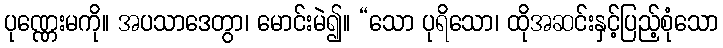
ပုဏ္ဏေးမကို။ အပသာဒေတွာ၊ မောင်းမဲ၍။ “သော ပုရိသော၊ ထိုအဆင်းနှင့်ပြည့်စုံသော